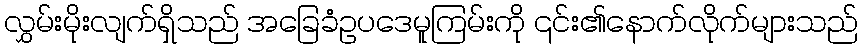
လွှမ်းမိုးလျက်ရှိသည် အခြေခံဥပဒေမူကြမ်းကို ၎င်း၏နောက်လိုက်များသည်